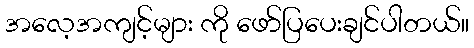
အလေ့အကျင့်များ ကို ဖော်ပြပေးချင်ပါတယ်။